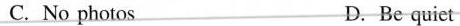
C. No photos D. Be quiet